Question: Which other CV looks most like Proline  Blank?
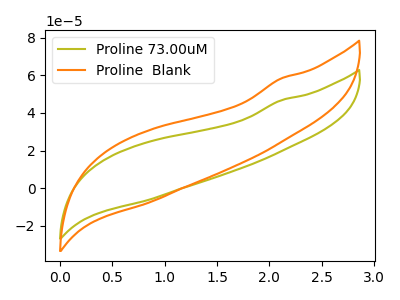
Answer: <think>The olive curve "Proline 73.00uM" has no peaks. The orange curve "Proline  Blank" has no peaks.
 Neither "Proline 73.00uM" or "Proline  Blank" have any peaks.</think>
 <answer>The CV with the most similar shape to "Proline 73.00uM" is "Proline  Blank".</answer>
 <eval>"Proline  Blank"</eval>